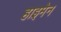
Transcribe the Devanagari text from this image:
हाइमेन